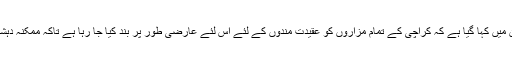
صوبائی وزارت داخلہ کی طرف سےجاری کئے گئے ایک بیان میں کہا گیا ہے کہ کراچی کے تمام مزاروں کو عقیدت مندوں کے لئے اس لئے عارضی طور پر بند کیا جا رہا ہے تاکہ ممکنہ دہشت گردی سے نمٹنے کے لئے مناسب اقدامات اٹھائے جا سکیں۔